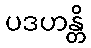
ပဒဟန္တိ